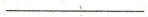
____________